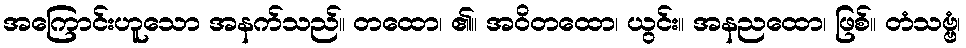
အကြောင်းဟူသော အနက်သည်။ တထော၊ ၏။ အဝိတထော၊ ယွင်း။ အနညထော၊ ဖြစ်။ တံသဗ္ဗံ၊